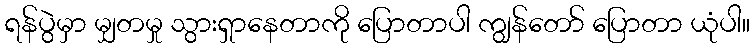
ရန်ပွဲမှာ မျှတမှု သွားရှာနေတာကို ပြောတာပါ ကျွန်တော် ပြောတာ ယုံပါ။